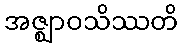
အဇ္ဈာဝသိဿတိ